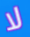
لا